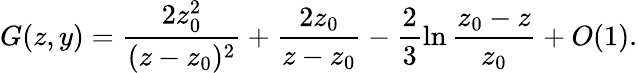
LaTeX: G(z,y)=\frac{2z_{0}^{2}}{(z-z_{0})^{2}}+\frac{2z_{0}}{z-z_{0}}-\frac{2}{3}\ln\frac{z_{0}-z}{z_{0}}+O(1).